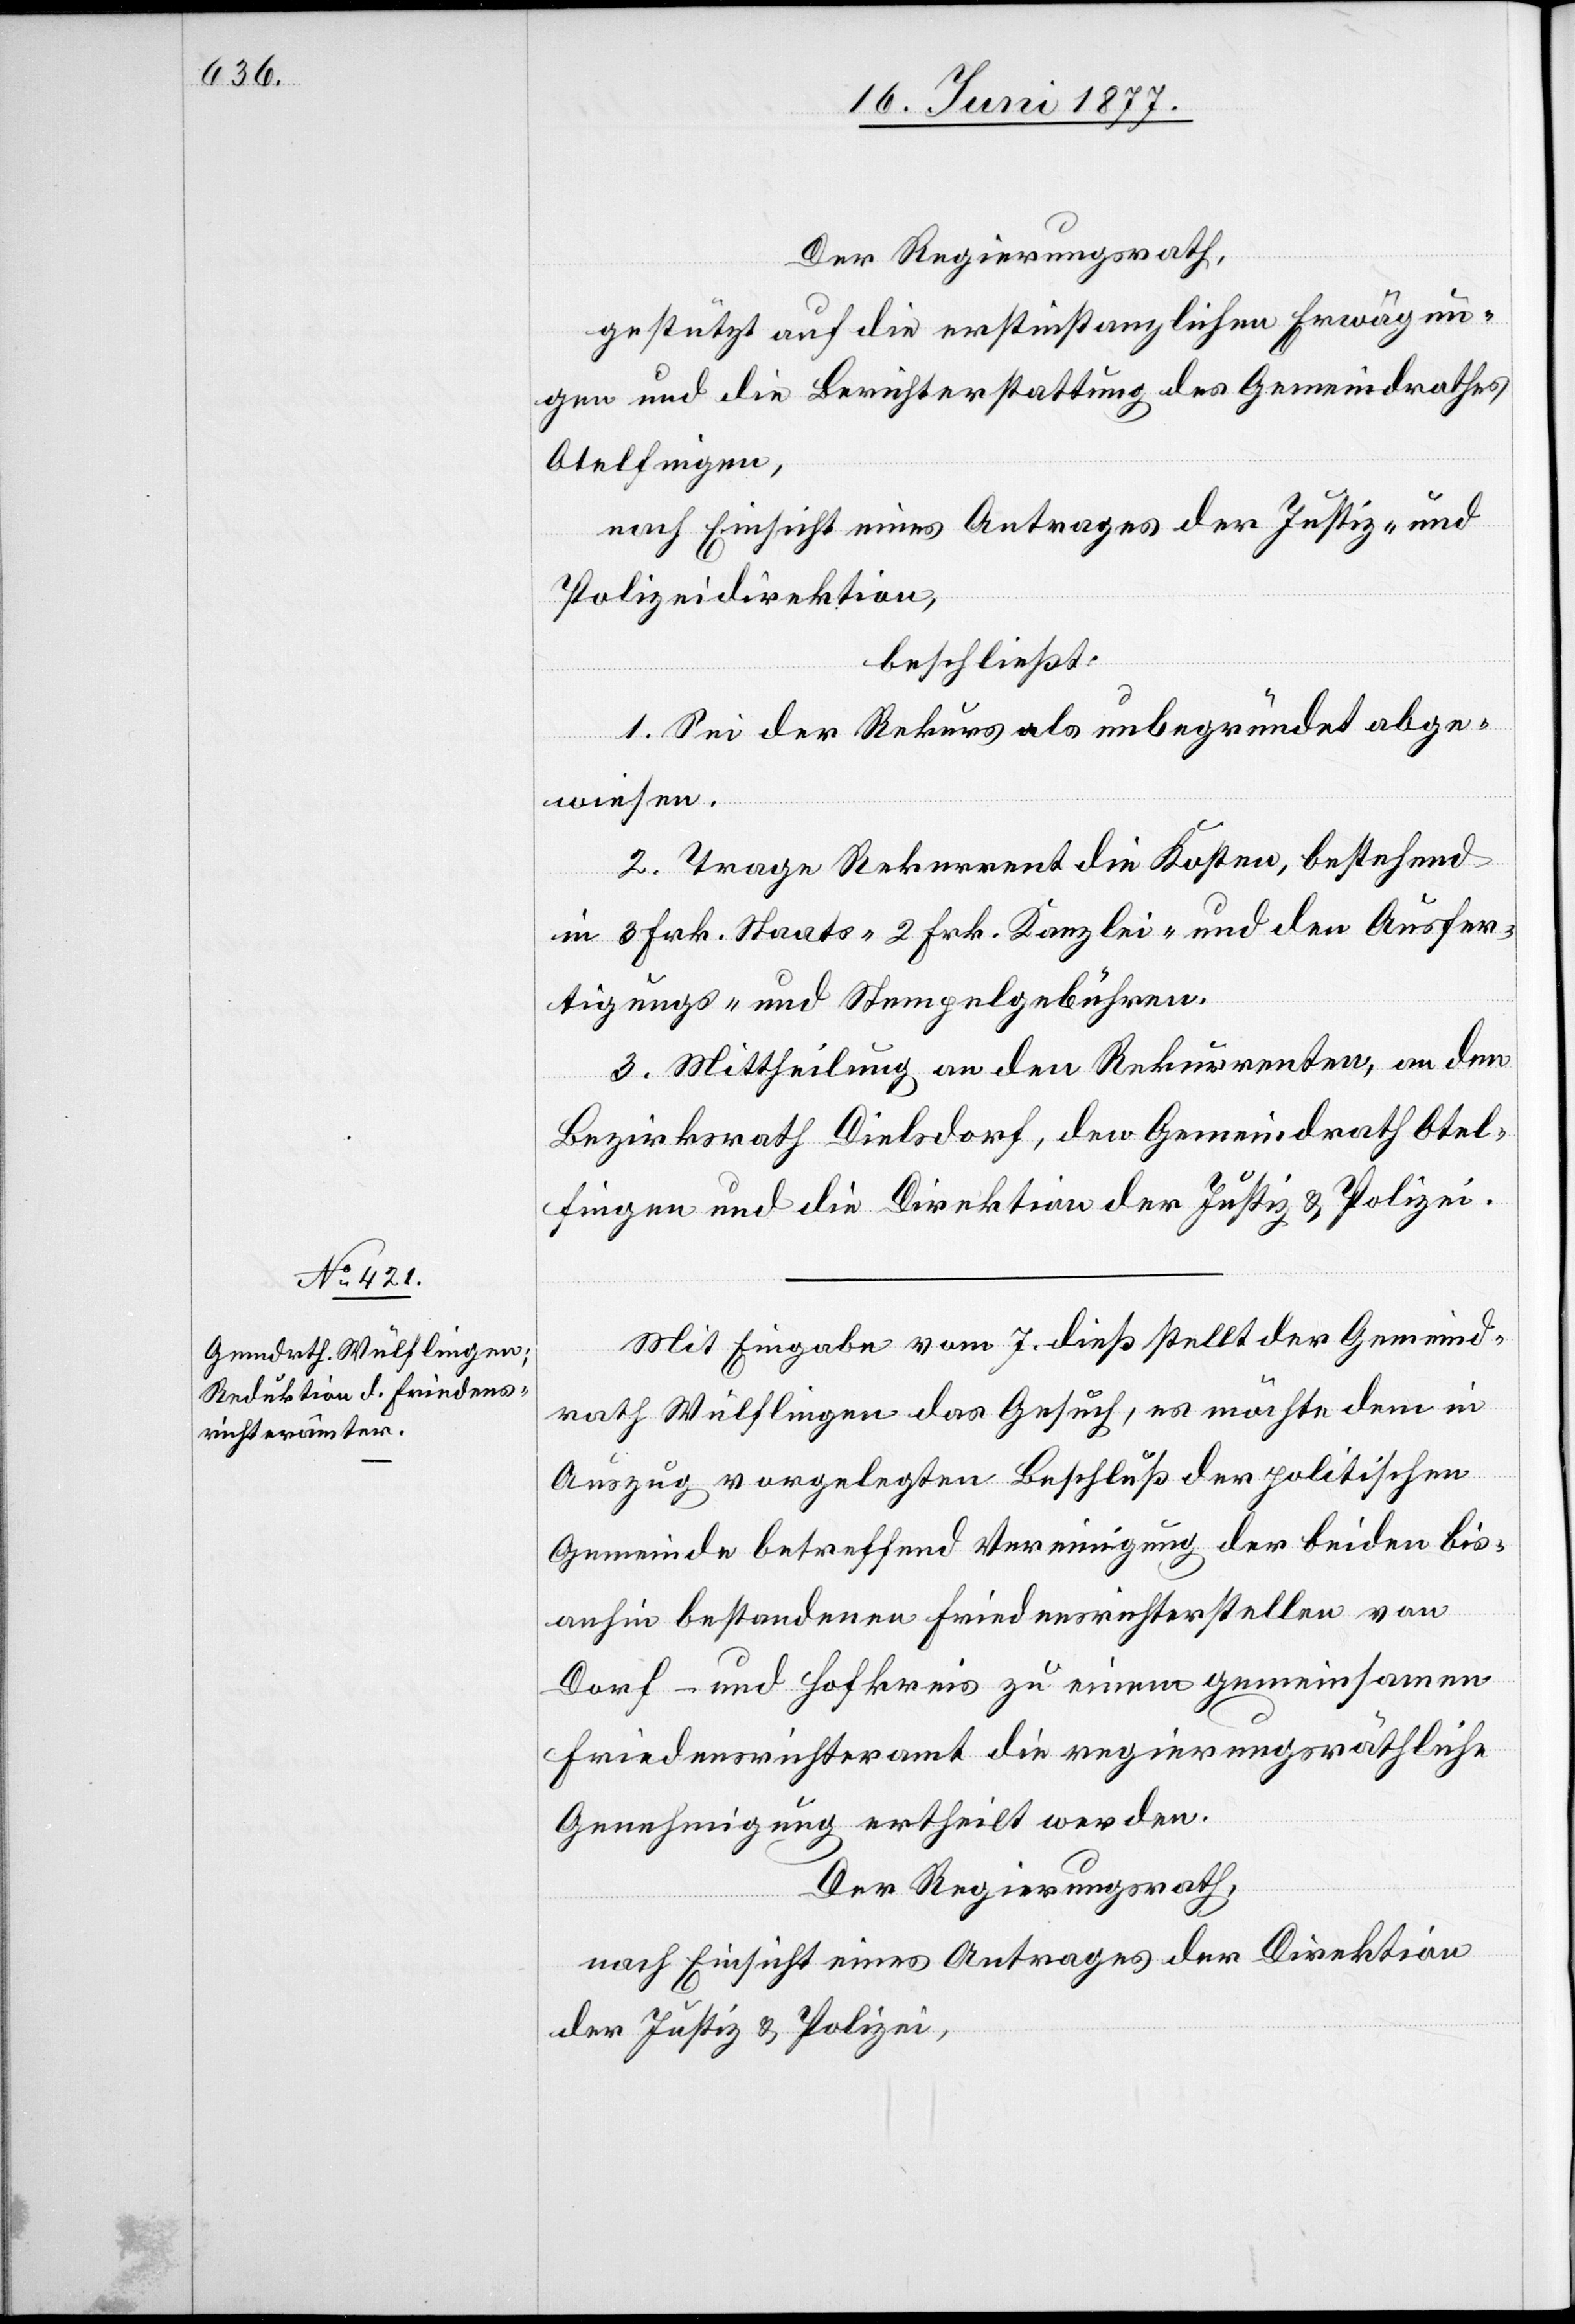
Der Regierungsrath,
gestützt auf die erstinstanzlichen Erwägun¬
gen und die Berichterstattung des Gemeindrathes
Otelfingen,
nach Einsicht eines Antrages der Justiz- und
Polizeidirektion,
beschließt:
1. Sei der Rekurs als unbegründet abge¬
wiesen.
2. Trage Rekurrent die Kosten, bestehen
in 3 Frk. Staats- 2 Frk. Kanzlei- und den Ausfer¬
tigungs- und Stempelgebühren.
3. Mittheilung an den Rekurrenten, an den
Bezirksrath Dielsdorf, den Gemeindrath Otel¬
fingen und die Direktion der Justiz & Polizei.
Mit Eingabe vom 7. dieß stellt der Gemeind¬
rath Wülflingen das Gesuch, es möchte dem in
Auszug vorgelegten Beschluß der politischen
Gemeinde betreffend Vereinigung der beiden bis¬
anhin bestandenen Friedensrichterstellen von
Dorf- und Hofkreis zu einem gemeinsamen
Friedensrichteramt die regierungsräthliche
Genehmigung ertheilt werden.
Der Regierungsrath,
nach Einsicht eines Antrages der Direktion
der Justiz & Polizei,